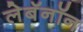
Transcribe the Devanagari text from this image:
लेबॅनॉन